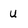
Character: u